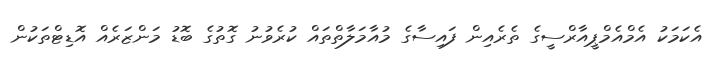
އެކަމަކު އެމްއެމްޕީއާރްސީގެ ތެރެއިން ފައިސާގެ މުއާމަލާތްތައް ކުރެވުނު ގޮތުގެ ބޮޑު މަންޒަރެއް އޮޑިޓްތަކުން